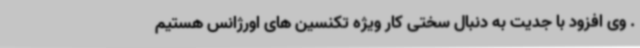
. وی افزود با جدیت به دنبال سختی کار ویژه تکنسین های اورژانس هستیم